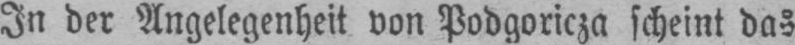
In der Angelegenheit von Podgoricza scheint das